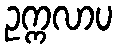
ဥက္ကလာပ